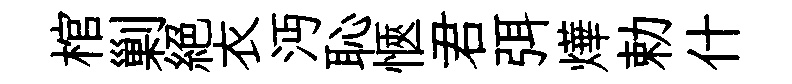
棺剿絕衣沔恥愜君弭燁勅什